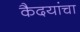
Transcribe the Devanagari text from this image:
कैदयांचा